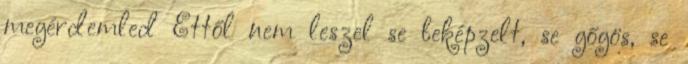
megérdemled Ettől nem leszel se beképzelt, se gőgös, se